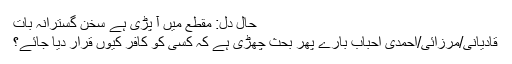
حالِ دل: مقطع میں آ پڑی ہے سُخن گسترانہ بات
قادیانی/مرزائی/احمدی احباب بارے پھر بحث چھڑی ہے کہ کسی کو کافر کیوں قرار دیا جائے؟